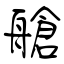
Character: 艙